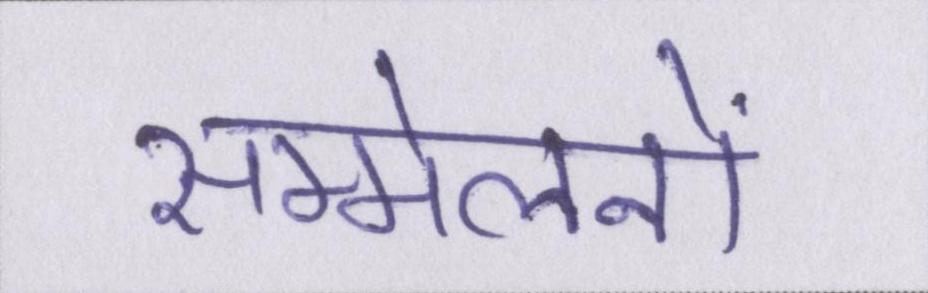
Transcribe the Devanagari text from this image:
सम्मेलनों